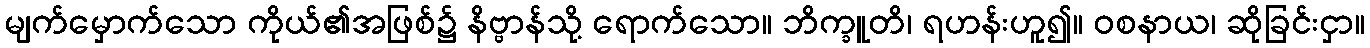
မျက်မှောက်သော ကိုယ်၏အဖြစ်၌ နိဗ္ဗာန်သို့ ရောက်သော။ ဘိက္ခူတိ၊ ရဟန်းဟူ၍။ ဝစနာယ၊ ဆိုခြင်းငှာ။